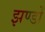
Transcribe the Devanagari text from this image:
झण्‍डों